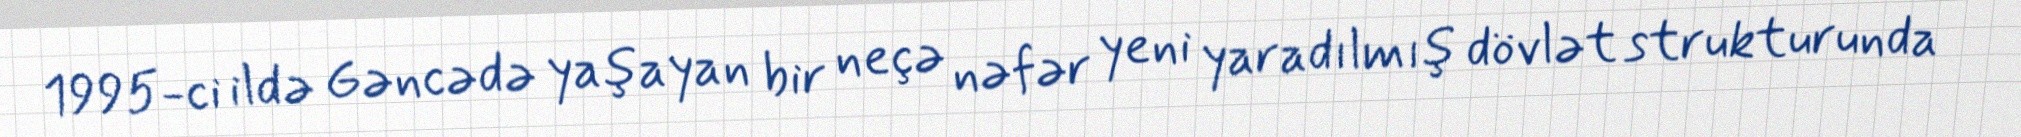
1995-ci ildə Gəncədə yaşayan bir neçə nəfər yeni yaradılmış dövlət strukturunda